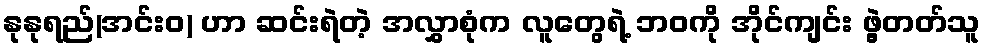
နုနုရည်(အင်းဝ) ဟာ ဆင်းရဲတဲ့ အလွှာစုံက လူတွေရဲ့ ဘဝကို အိုင်ကျင်း ဖွဲ့တတ်သူ